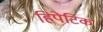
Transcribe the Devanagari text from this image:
हिपेटिक